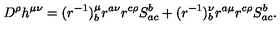
D ^ { \rho } h ^ { \mu \nu } = ( r ^ { - 1 } ) _ { b } ^ { \mu } r ^ { a \nu } r ^ { c \rho } S _ { a c } ^ { b } + ( r ^ { - 1 } ) _ { b } ^ { \nu } r ^ { a \mu } r ^ { c \rho } S _ { a c } ^ { b } .